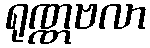
ရုဏ္ဏဗလာ